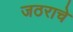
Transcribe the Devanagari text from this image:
जठराचे